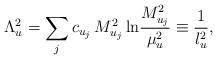
LaTeX: \begin{align*}\Lambda_u^2=\sum_jc_{u_j}\, M_{u_j}^2\,{\rm ln} {M_{u_j}^2\over\mu_u^2}\equiv {1\over l_u^2},\end{align*}